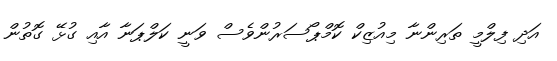
އަދި ފިލްމީ ތަރިންނާ މިއުޒިކް ކޮމްޕޯސަރުންވެސް ވަނީ ކަލްޕަނާ އާއި ގުޅޭ ގޮތުން